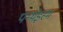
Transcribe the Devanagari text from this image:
पन्थेइस्म